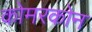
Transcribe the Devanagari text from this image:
कोमरकोन